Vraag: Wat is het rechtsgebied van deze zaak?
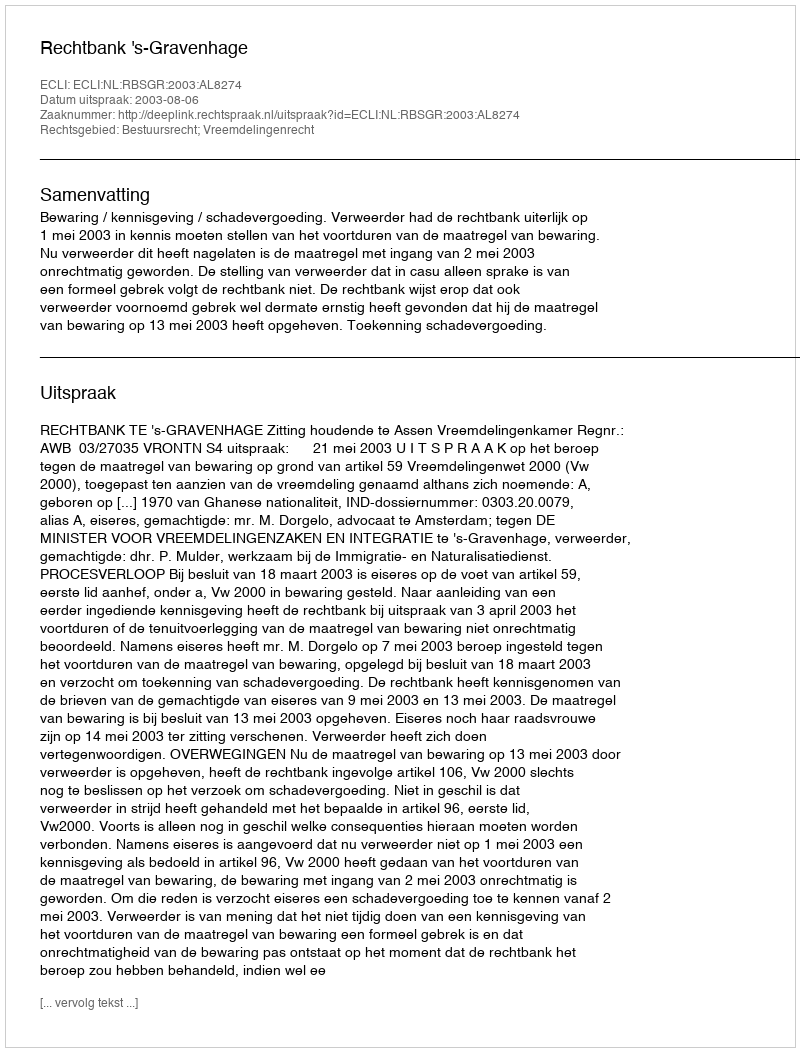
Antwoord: Bestuursrecht; Vreemdelingenrecht